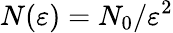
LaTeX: N(\varepsilon)=N_{0}/\varepsilon^{2}